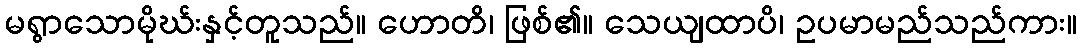
မရွာသောမိုဃ်းနှင့်တူသည်။ ဟောတိ၊ ဖြစ်၏။ သေယျထာပိ၊ ဥပမာမည်သည်ကား။